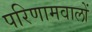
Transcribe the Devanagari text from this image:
परिणामवालों